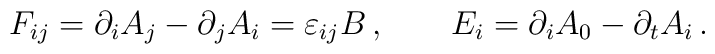
F_{ij} = \partial_i A_j - \partial_j A_i = \varepsilon_{ij} B\,  ,  \qquad  E_i = \partial_i  A_0 -   \partial_t A_i \, .